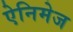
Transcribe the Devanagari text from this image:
ऐनिमेज